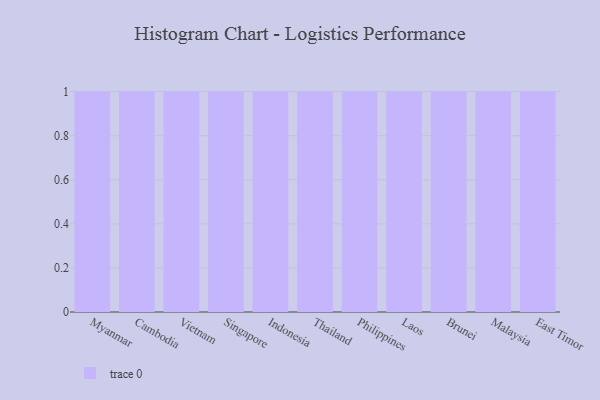
{"axis": {"x": "Country", "y": "Page Views"}, "legend": [""], "data": [{"x": "Myanmar", "y": 53, "type": ""}, {"x": "Cambodia", "y": 79, "type": ""}, {"x": "Vietnam", "y": 75, "type": ""}, {"x": "Singapore", "y": 51, "type": ""}, {"x": "Indonesia", "y": 48, "type": ""}, {"x": "Thailand", "y": 33, "type": ""}, {"x": "Philippines", "y": 58, "type": ""}, {"x": "Laos", "y": 28, "type": ""}, {"x": "Brunei", "y": 4, "type": ""}, {"x": "Malaysia", "y": 48, "type": ""}, {"x": "East Timor", "y": 2, "type": ""}]}